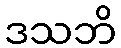
ဒသဘိ